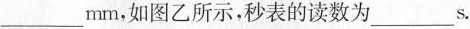
___mm，如图乙所示，秒表的读数为____s.